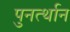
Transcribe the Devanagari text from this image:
पुनर्त्थान